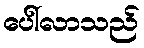
ပေါ်လာသည်